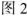
图2